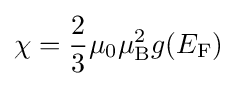
\chi ={\frac {2}{3}}\mu _{0}\mu _{\mathrm {B} }^{2}g(E_{\mathrm {F} })